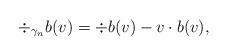
LaTeX: \begin{align*}\div_{\gamma_n} b(v) = \div b(v) - v\cdot b(v) ,\end{align*}